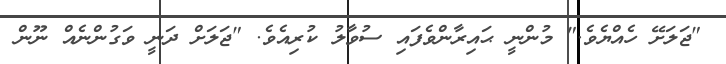
"ޖަލަށޭ ހެއްޔެވެ." މުންނީ ޙައިރާންވެފައި ސުވާލު ކުރިއެވެ. "ޖަލަށް ދަނީ ވަގުންނެއް ނޫން